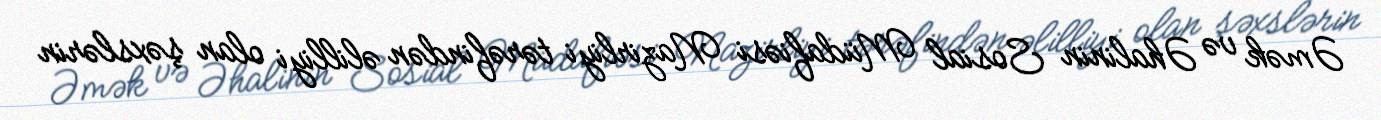
Əmək və Əhalinin Sosial Müdafiəsi Nazirliyi tərəfindən əlilliyi olan şəxslərin